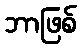
ဘာဖြစ်